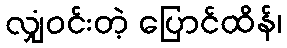
လျှံဝင်းတဲ့ ပြောင်ထိန်၊